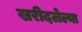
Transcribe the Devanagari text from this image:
खरीदलेल्या